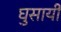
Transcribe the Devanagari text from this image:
घुसायी